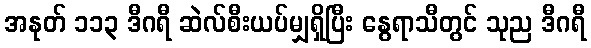
အနုတ် ၁၁၃ ဒီဂရီ ဆဲလ်စီးယပ်မျှရှိပြီး နွေရာသီတွင် သုည ဒီဂရီ